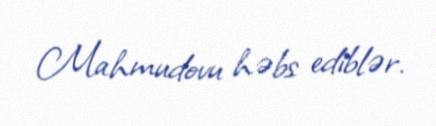
Mahmudovu həbs ediblər.